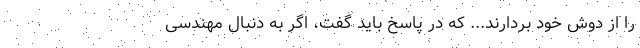
را از دوش خود بردارند... که در پاسخ باید گفت، اگر به‌ دنبال مهندسی